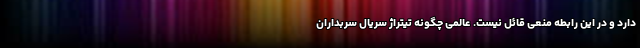
دارد و در این رابطه منعی قائل نیست. عالمی چگونه تیتراژ سریال سربداران